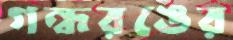
গন্ধরঙের